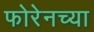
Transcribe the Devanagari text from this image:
फोरेनच्या